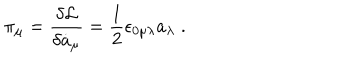
LaTeX: \pi _ { \mu } = \frac { \delta { \cal L } } { \delta \dot { a } _ { \mu } } = \frac { 1 } { 2 } \epsilon _ { 0 \mu \lambda } a _ { \lambda } \; .